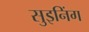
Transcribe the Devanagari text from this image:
सुइनिंग